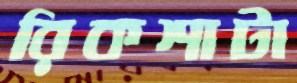
রিকশাটা